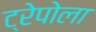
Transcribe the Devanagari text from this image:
ट्रेपोला